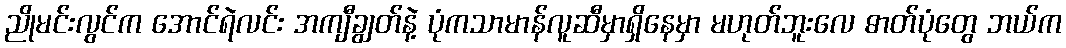
ညိုမင်းလွင်က အောင်ရဲလင်း အကျီချွတ်နဲ့ ပုံကသာမာန်လူဆီမှာရှိနေမှာ မဟုတ်ဘူးလေ ဓာတ်ပုံတွေ ဘယ်က